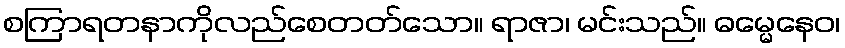
စကြာရတနာကိုလည်စေတတ်သော။ ရာဇာ၊ မင်းသည်။ ဓမ္မေနေဝ၊